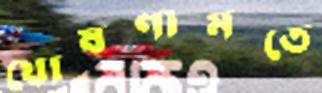
ঘোষণামতে